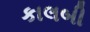
કાલબી